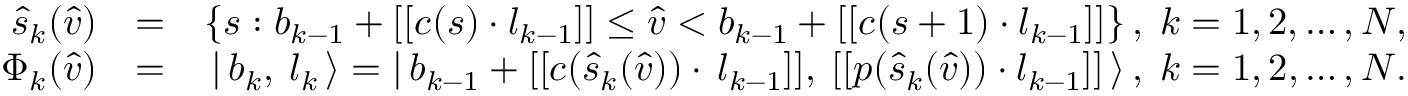
\begin{array} { r l r } { \hat { s } _ { k } ( \hat { v } ) } & { = } & { \left\{ s : b _ { k - 1 } + [ [ c ( s ) \cdot l _ { k - 1 } ] ] \le \hat { v } < b _ { k - 1 } + [ [ c ( s + 1 ) \cdot l _ { k - 1 } ] ] \right\} , \; k = 1 , 2 , \ldots , N , } \\ { \Phi _ { k } ( \hat { v } ) } & { = } & { \left| \, { b _ { k } , \: l _ { k } } \, \right\rangle = \left| \, { b _ { k - 1 } + [ [ c ( \hat { s } _ { k } ( \hat { v } ) ) \cdot \, l _ { k - 1 } ] ] , \: [ [ p ( \hat { s } _ { k } ( \hat { v } ) ) \cdot l _ { k - 1 } ] ] } \, \right\rangle , \; k = 1 , 2 , \ldots , N . } \end{array}